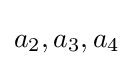
a_{2},a_{3},a_{4}